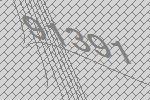
91391